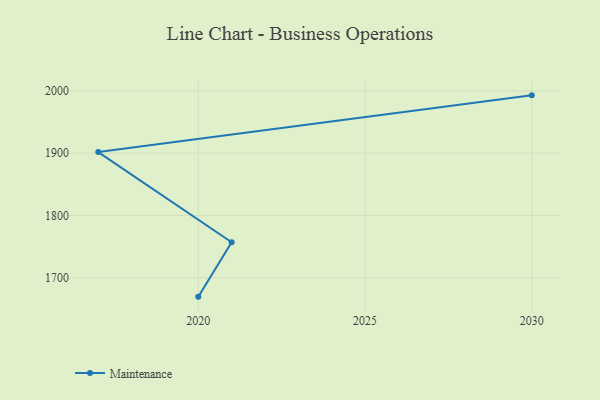
{"axis": {"x": "Year", "y": "Backlog"}, "legend": ["Maintenance"], "data": [{"x": "2020", "y": 1669.6, "type": "Maintenance"}, {"x": "2021", "y": 1756.9, "type": "Maintenance"}, {"x": "2017", "y": 1901.7, "type": "Maintenance"}, {"x": "2030", "y": 1992.7, "type": "Maintenance"}]}